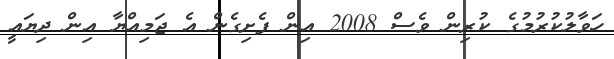
ހަވާލުކުރުމުގެ ކުރިން ވެސް 2008 އިން ފެށިގެން އެ ޖަމިއްޔާ އިން ދިޔައީ